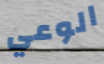
الوعي